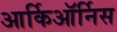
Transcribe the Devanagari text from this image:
आर्किऑर्निस